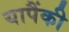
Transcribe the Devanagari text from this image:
यापैंकी